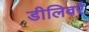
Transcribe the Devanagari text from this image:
डीलिवर्र